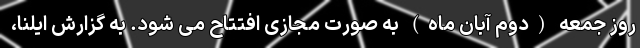
روز جمعه (دوم آبان ماه) به صورت مجازی افتتاح می شود. به گزارش ایلنا،